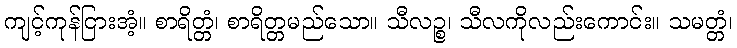
ကျင့်ကုန်ငြားအံ့။ စာရိတ္တံ၊ စာရိတ္တမည်သော။ သီလဉ္စ၊ သီလကိုလည်းကောင်း။ သမတ္တံ၊